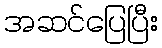
အဆင်ပြေပြီး